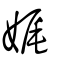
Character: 娓